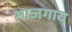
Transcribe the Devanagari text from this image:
भाजगाव